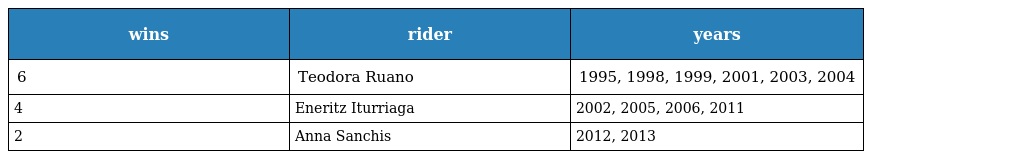
| wins | rider | years |
 | --- | --- | --- |
 | 6 | Teodora Ruano | 1995, 1998, 1999, 2001, 2003, 2004 |
 | 4 | Eneritz Iturriaga | 2002, 2005, 2006, 2011 |
 | 2 | Anna Sanchis | 2012, 2013 |